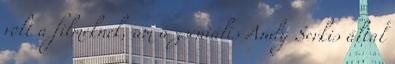
volt a filmeknek, ám a zseniális Andy Serkis által